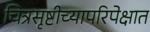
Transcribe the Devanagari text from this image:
चित्रसृष्टीच्यापरिपेक्षात